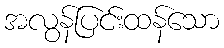
အလွန်ပြင်းထန်သော